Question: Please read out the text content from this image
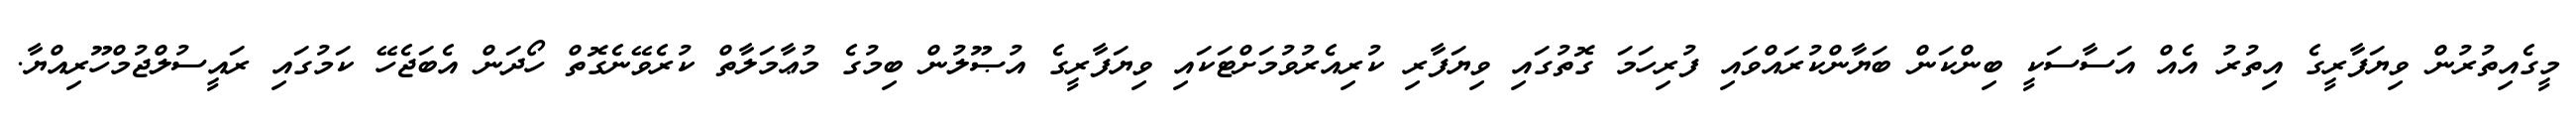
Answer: މީގެއިތުރުން ވިޔަފާރީގެ އިތުރު އެއް އަސާސަކީ ބިންކަން ބަޔާންކުރައްވައި ފުރިހަމަ ގޮތުގައި ވިޔަފާރި ކުރިއެރުވުމަށްޓަކައި ވިޔަފާރީގެ އުޞޫލުން ބިމުގެ މުޢާމަލާތް ކުރެވޭނެގޮތް ހޯދަން އެބަޖެހޭ ކަމުގައި ރައީސުލްޖުމްހޫރިއްޔާ.